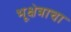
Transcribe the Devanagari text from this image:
भूक्षेत्राचा